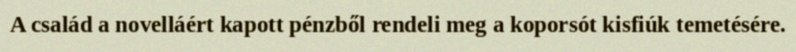
A család a novelláért kapott pénzből rendeli meg a koporsót kisfiúk temetésére.